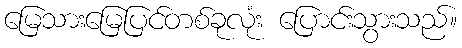
မြေသားမြေပြင်တစ်ခုလုံး ပြောင်းသွားသည်။